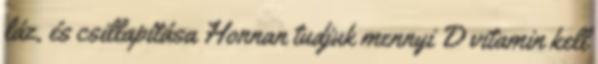
láz, és csillapítása Honnan tudjuk mennyi D vitamin kell